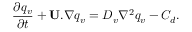
\frac { \partial { { q _ { v } } } } { \partial t } + { \bf U } . \nabla { { q _ { v } } } = D _ { v } \nabla ^ { 2 } { { q _ { v } } } - C _ { d } .